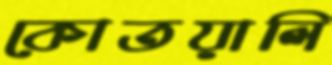
কোতয়ালি